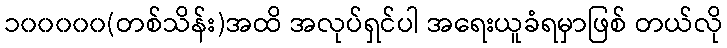
၁၀၀၀၀၀(တစ်သိန်း)အထိ အလုပ်ရှင်ပါ အရေးယူခံရမှာဖြစ် တယ်လို